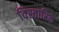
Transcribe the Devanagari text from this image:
विस्तारिक